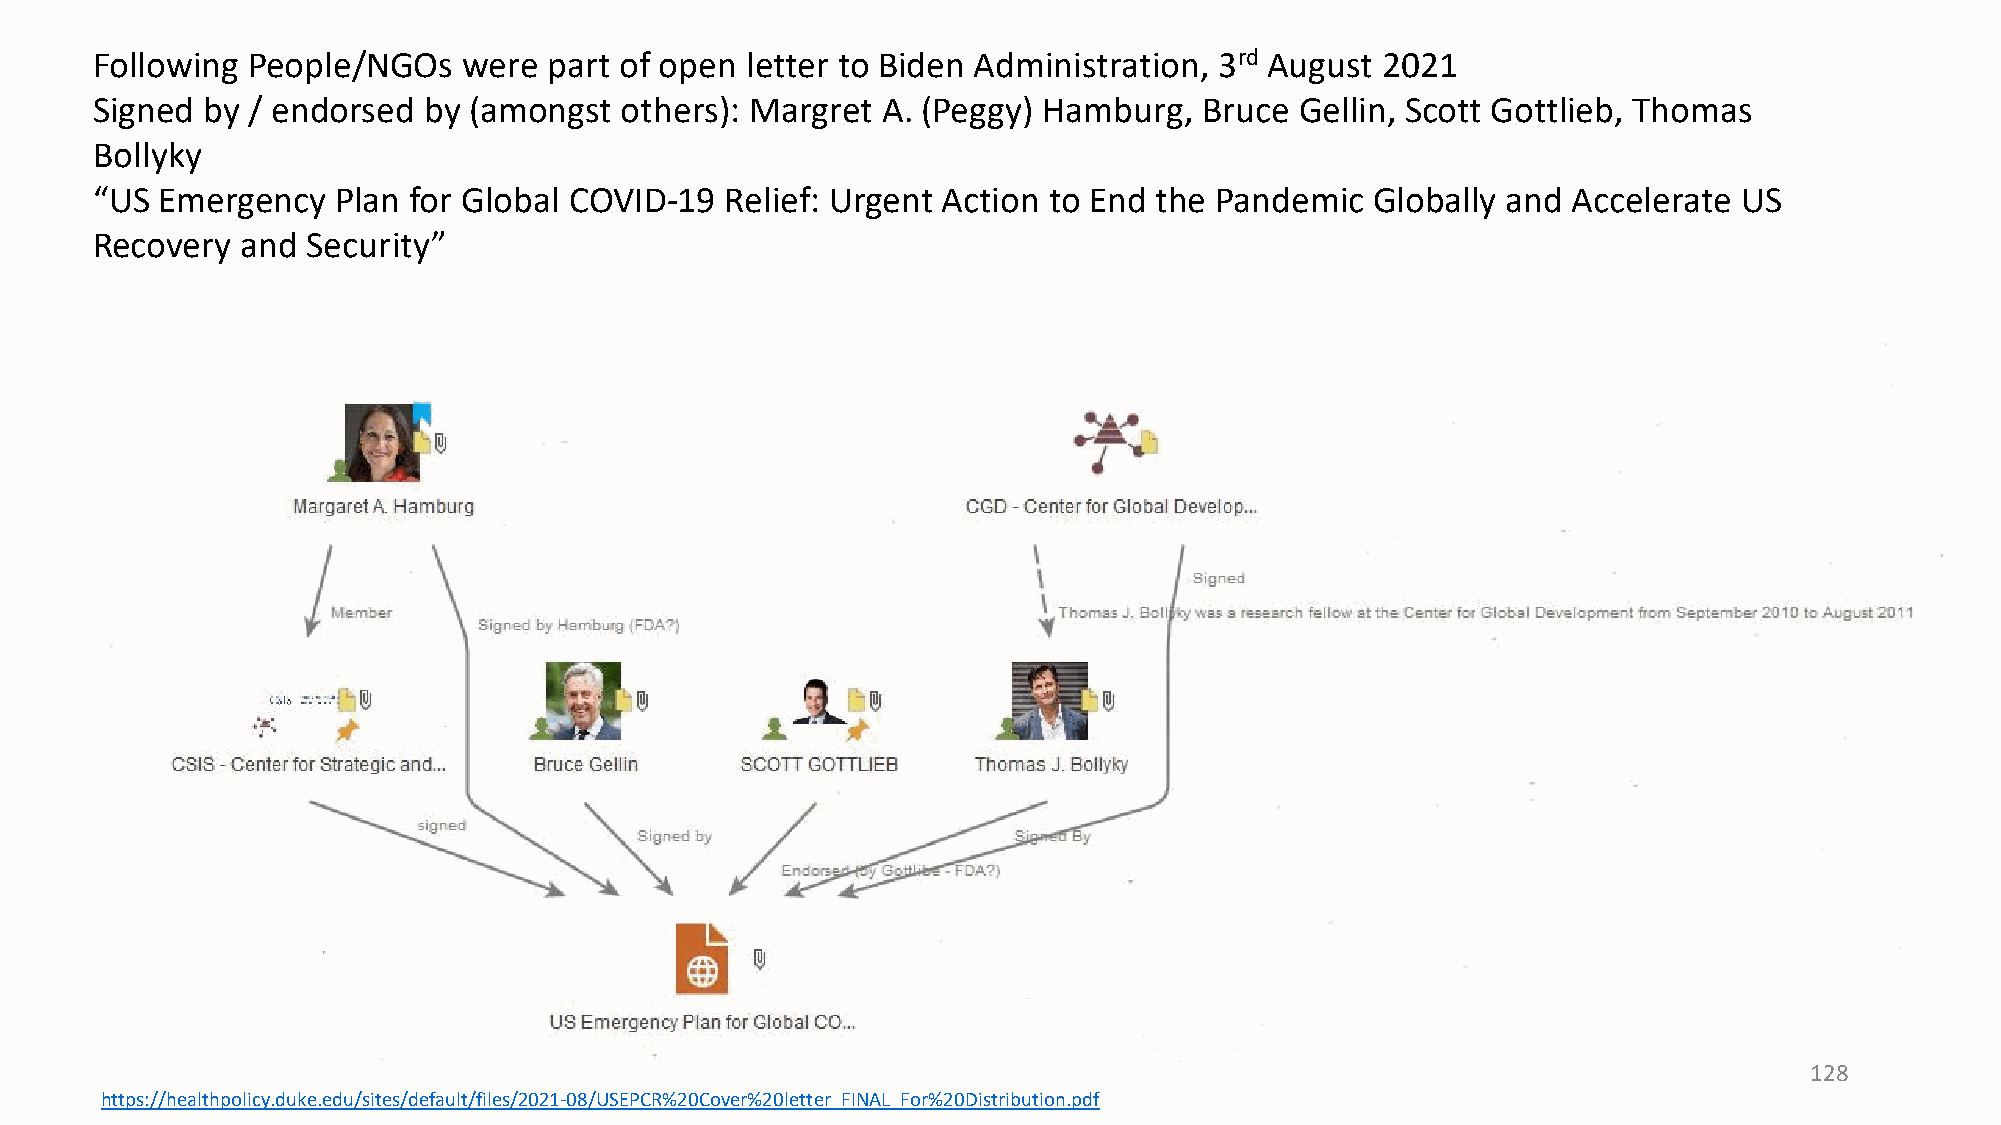
Following People/NGOs    were part of open letter to Biden Administration, 3rd August 2021
 Signed by / endorsed  by (amongst  others): Margret A. (Peggy) Hamburg,   Bruce Gellin, Scott Gottlieb, Thomas
 Bollyky
 “US Emergency   Plan for Global COVID-19  Relief: Urgent Action to End the Pandemic  Globally and Accelerate US
 Recovery  and Security”
 128
 https://healthpolicy.duke.edu/sites/default/files/2021-08/USEPCR%20Cover%20letter_FINAL_For%20Distribution.pdf